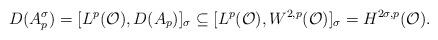
LaTeX: \begin{align*}D(A_p^\sigma)=[L^p(\mathcal{O}),D(A_p)]_\sigma\subseteq [L^p(\mathcal{O}),W^{2,p}(\mathcal{O})]_\sigma=H^{2\sigma,p}(\mathcal{O}).\end{align*}